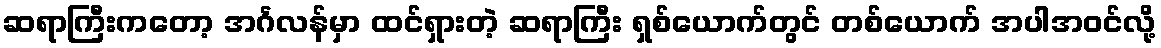
ဆရာကြီးကတော့ အင်္ဂလန်မှာ ထင်ရှားတဲ့ ဆရာကြီး ရှစ်ယောက်တွင် တစ်ယောက် အပါအဝင်လို့